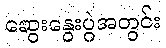
ဆွေးနွေးပွဲအတွင်း